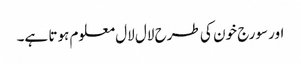
اور سورج خون کی طرح لال لال معلوم ہوتا ہے۔